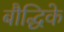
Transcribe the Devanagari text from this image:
बौद्धिके